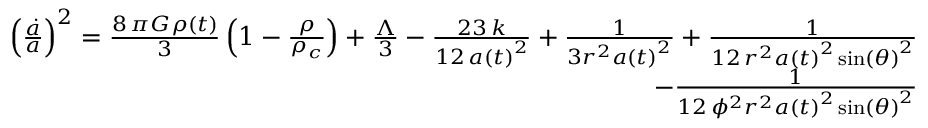
\begin{array} { r } { \left( \frac { \dot { a } } { a } \right) ^ { 2 } = \frac { 8 \, \pi G \rho \left( t \right) } { 3 } \left( 1 - \frac { \rho } { \rho _ { c } } \right) + \frac { \Lambda } { 3 } - \frac { 2 3 \, k } { 1 2 \, a \left( t \right) ^ { 2 } } + \frac { 1 } { 3 r ^ { 2 } a \left( t \right) ^ { 2 } } + \frac { 1 } { 1 2 \, r ^ { 2 } a \left( t \right) ^ { 2 } \sin \left( { \theta } \right) ^ { 2 } } } \\ { - \frac { 1 } { 1 2 \, { \phi } ^ { 2 } r ^ { 2 } a \left( t \right) ^ { 2 } \sin \left( { \theta } \right) ^ { 2 } } } \end{array}